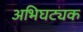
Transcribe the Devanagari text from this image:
अभिघट्यक